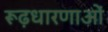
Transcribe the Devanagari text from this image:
रूढ़धारणाओं